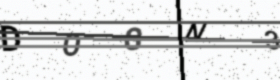
Text: DOGN3